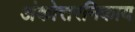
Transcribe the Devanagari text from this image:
अंकोत्तरनिकाय